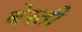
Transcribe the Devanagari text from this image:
बेस्ती